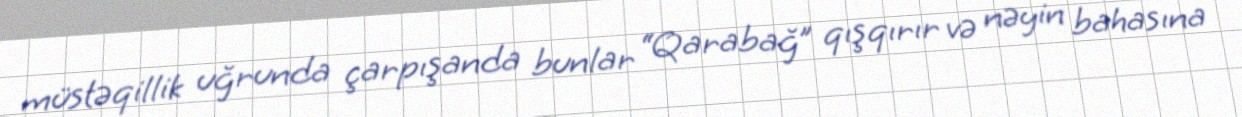
müstəqillik uğrunda çarpışanda bunlar “Qarabağ” qışqırır və nəyin bahasına